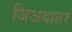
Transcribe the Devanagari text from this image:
जिअदातर